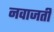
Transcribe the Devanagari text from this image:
नवाजती